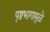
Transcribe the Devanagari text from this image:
पृष्ठभागामुळे